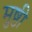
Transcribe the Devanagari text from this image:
मुष्ठी